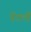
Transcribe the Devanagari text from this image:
पेंटर्ली